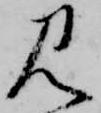
見